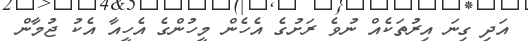
އަދި ގިނަ އިރުތަކެއް ނުވެ ރަށުގެ އެހެން މީހުންގެ އެހީއާ އެކު ޖުމާން